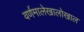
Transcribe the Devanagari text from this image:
वर्णमालेखालोखाल